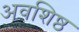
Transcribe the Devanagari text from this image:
अवशिष्ठ